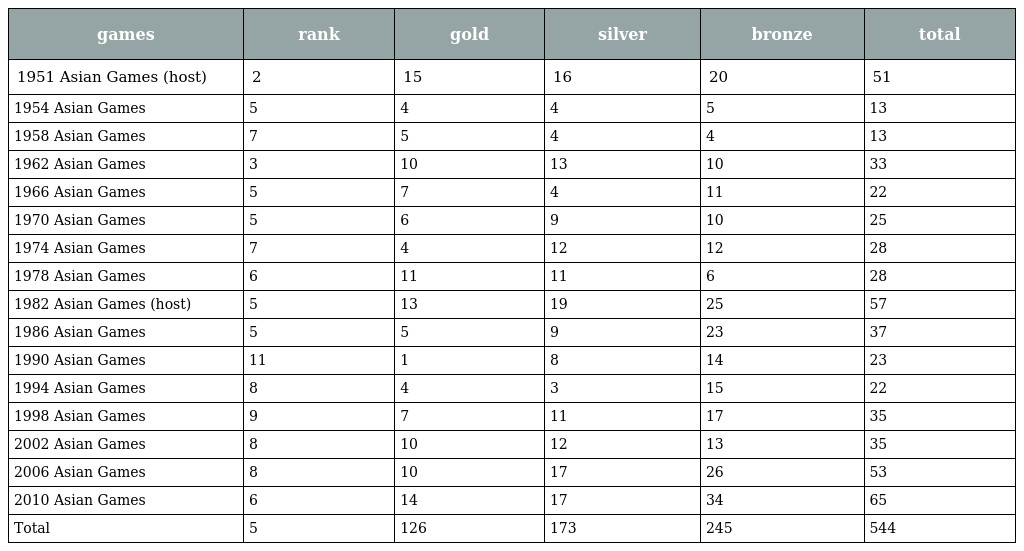
| games | rank | gold | silver | bronze | total |
 | --- | --- | --- | --- | --- | --- |
 | 1951 Asian Games (host) | 2 | 15 | 16 | 20 | 51 |
 | 1954 Asian Games | 5 | 4 | 4 | 5 | 13 |
 | 1958 Asian Games | 7 | 5 | 4 | 4 | 13 |
 | 1962 Asian Games | 3 | 10 | 13 | 10 | 33 |
 | 1966 Asian Games | 5 | 7 | 4 | 11 | 22 |
 | 1970 Asian Games | 5 | 6 | 9 | 10 | 25 |
 | 1974 Asian Games | 7 | 4 | 12 | 12 | 28 |
 | 1978 Asian Games | 6 | 11 | 11 | 6 | 28 |
 | 1982 Asian Games (host) | 5 | 13 | 19 | 25 | 57 |
 | 1986 Asian Games | 5 | 5 | 9 | 23 | 37 |
 | 1990 Asian Games | 11 | 1 | 8 | 14 | 23 |
 | 1994 Asian Games | 8 | 4 | 3 | 15 | 22 |
 | 1998 Asian Games | 9 | 7 | 11 | 17 | 35 |
 | 2002 Asian Games | 8 | 10 | 12 | 13 | 35 |
 | 2006 Asian Games | 8 | 10 | 17 | 26 | 53 |
 | 2010 Asian Games | 6 | 14 | 17 | 34 | 65 |
 | Total | 5 | 126 | 173 | 245 | 544 |